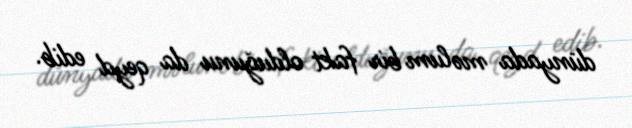
dünyada məlum bir fakt olduğunu da qeyd edib.